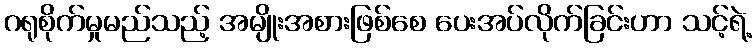
ဂရုစိုက်မှုမည်သည့် အမျိုးအစားဖြစ်စေ ပေးအပ်လိုက်ခြင်းဟာ သင့်ရဲ့